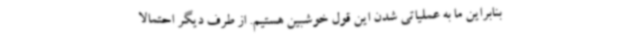
بنابراین ما به عملیاتی شدن این قول خوشبین هستیم. از طرف دیگر احتمالا